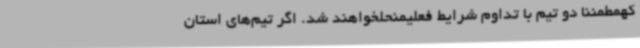
کهمطمئنا دو تیم با تداوم شرایط فعلیمنحلخواهند شد. اگر تیم‌های استان